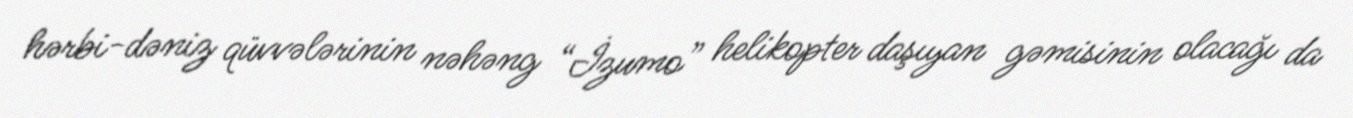
hərbi-dəniz qüvvələrinin nəhəng “İzumo” helikopter daşıyan gəmisinin olacağı da